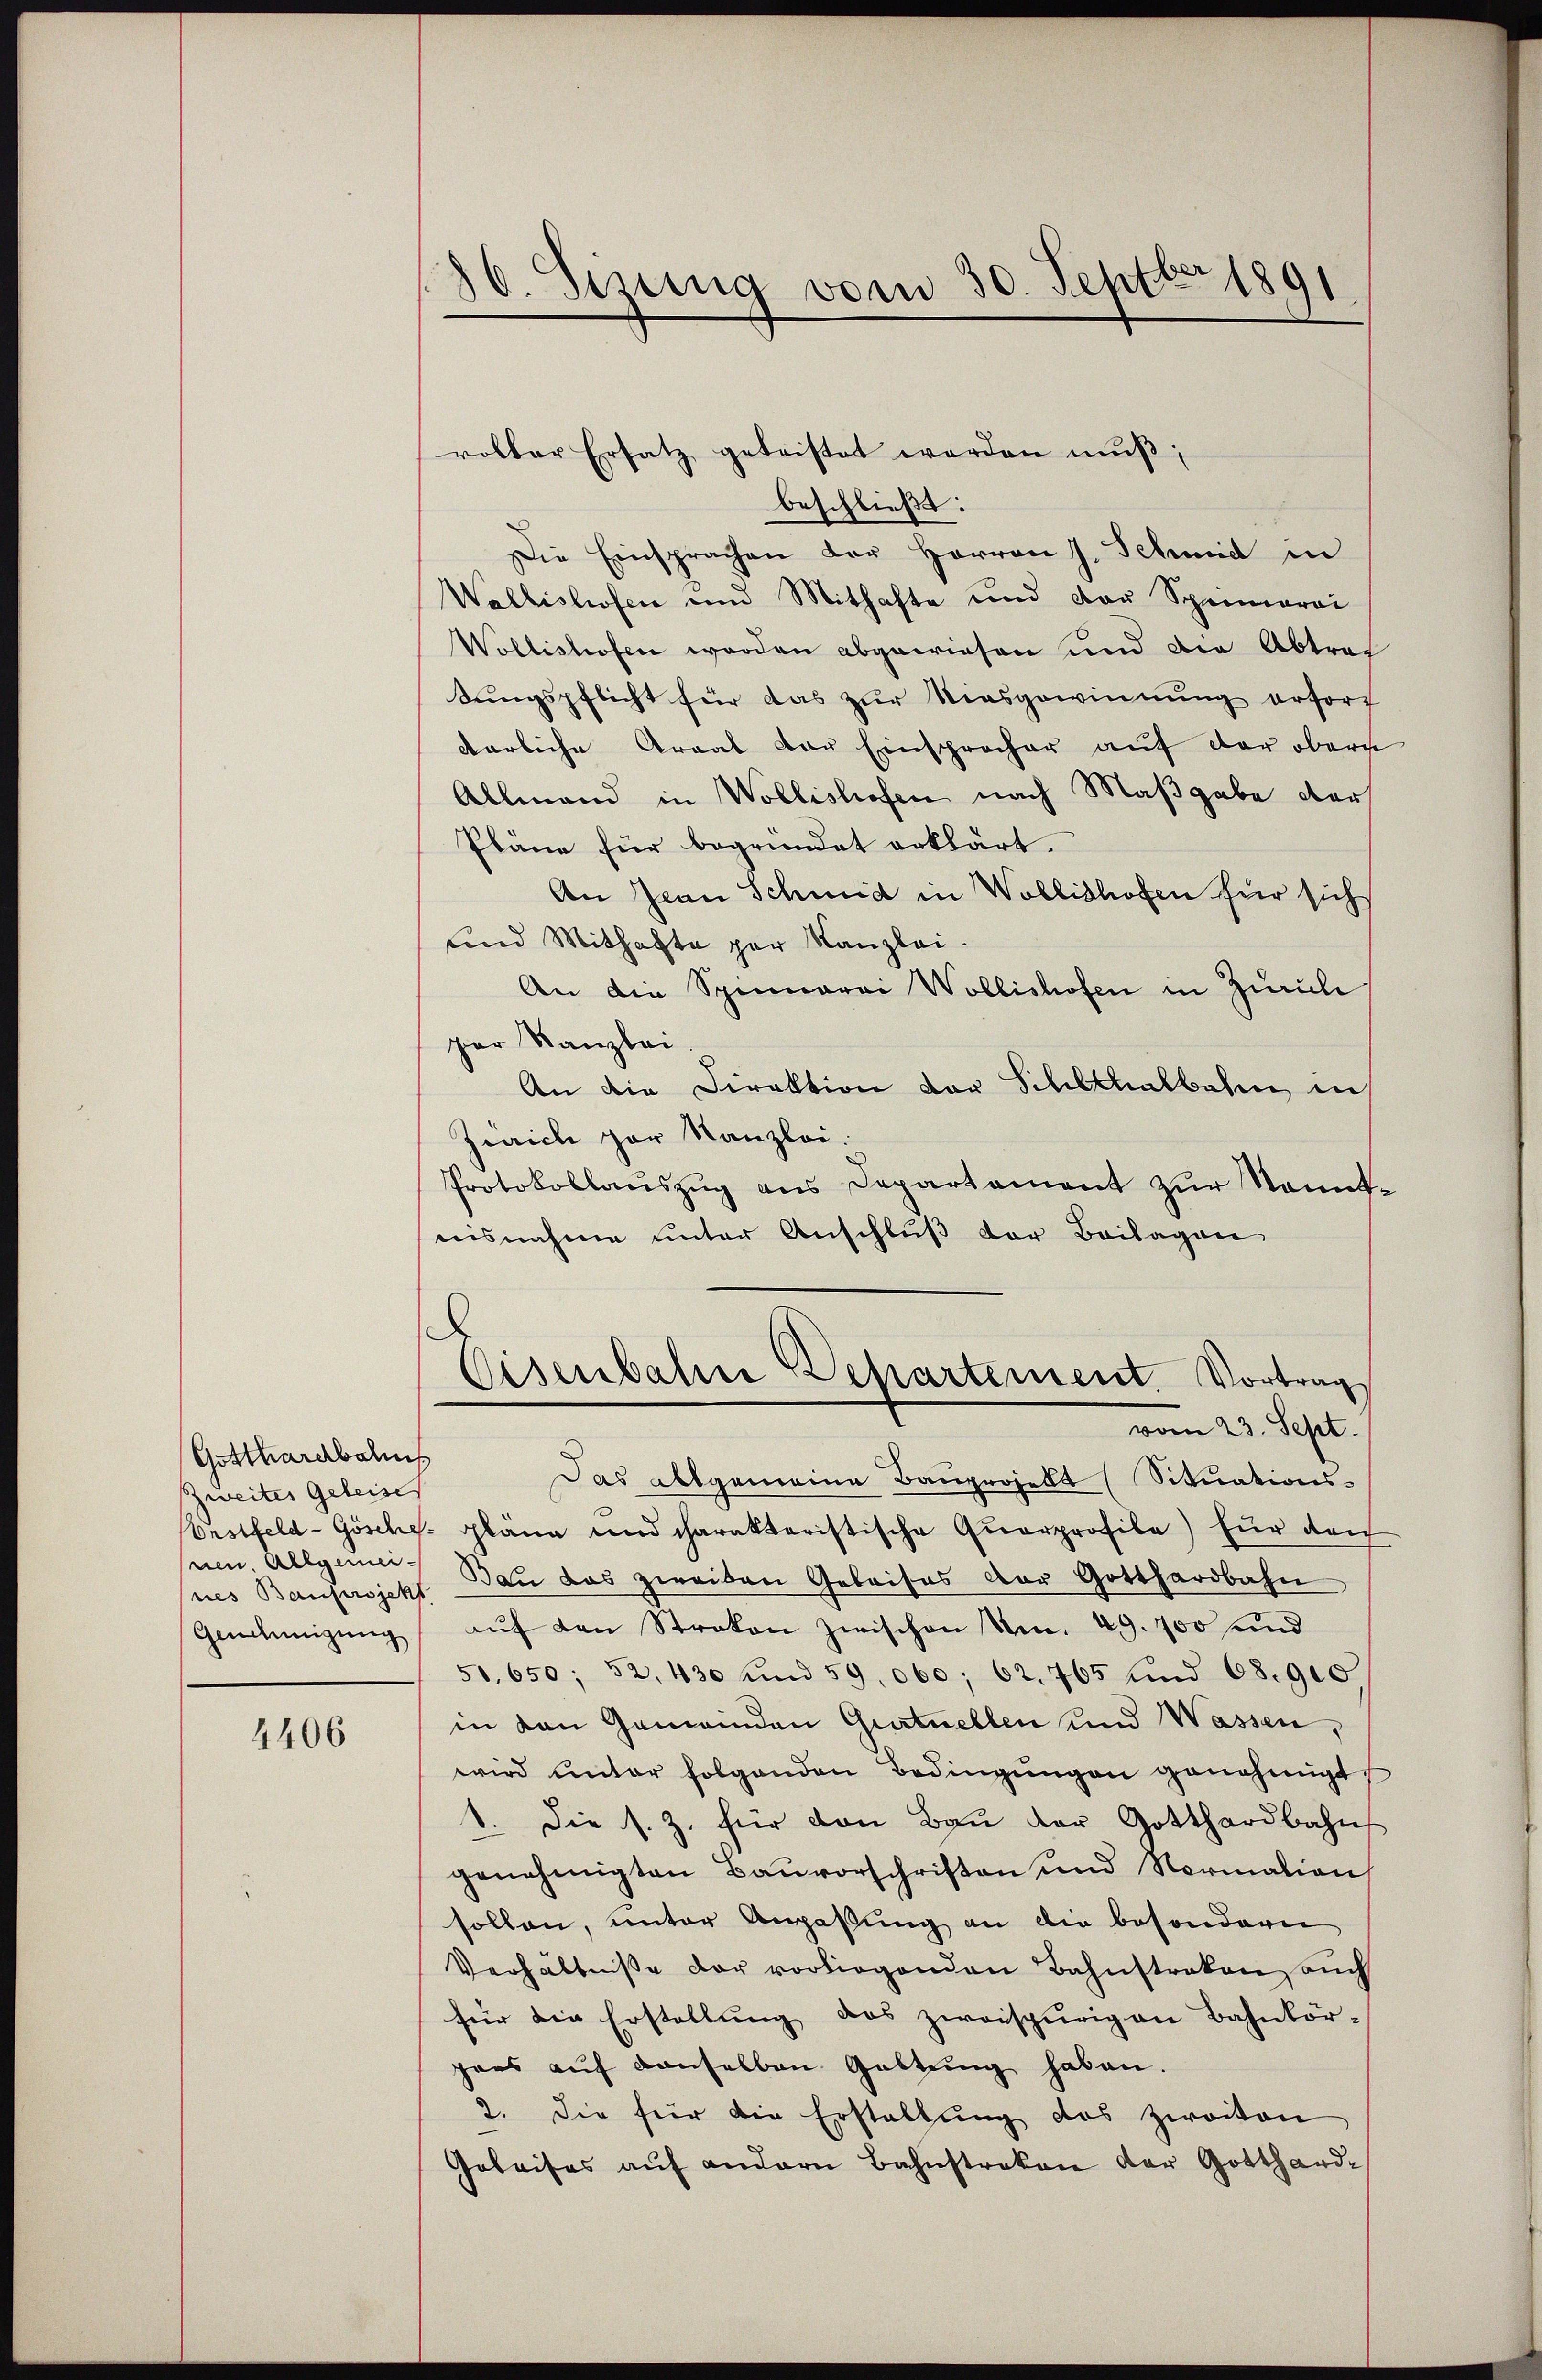
Gotthardbahns
Zweites Geleise
nen. Allgemei¬
Genehmigung

4406

130. Sizung vom 30. Septbr 1891

rolbar Ersatz geleistet werden mŭβ,
beschließt:
Die Einsprachen der Herrn J. Schmid in
Wallishofen und Mithafte und der Sprimarai
Wollishofen worden abgewiesen und die Abtrag
dungspflicht für das zur Niesgewinnung erfort
darliche Arrat der Einspracher auf der ober
Allmand in Wollishofen nach Maßgabe der
Pläne für begründet erklärt.
An Jean Schmid in Wollishofen für sich
und Mithafte par Kanzlei.
An die Spinnerei Wollishofen in Zürich
par Kanzlei
An die Direktion vor Schlthalbahn in
Zürich zur Kanzlei.
Protokollauszug aus Departement zur Sonntnisnahme unter Anschluß der Beilagen
l
Eisenbahn Behartement. Vortrag
vom 23. Sept.
Das allgemeine Bauprojekt (Situations-
Erstfeld- Gösche gläne und charakteristische Quarprofila) für den
nes Bauprojekt Bau das zweiten Gebaises der Gotthardbahn
auf den Strakon zwischen Nr. 49. 100 und
51,650; 52, 430 und 59, 060; 62. 765 und 68900
in von Gemeinden Gurtnellen und Wassen,
wird ŭnter folgenden Bedingŭngen genehmigt
1. Die s. Z. für den Baŭ der Gotthardbahn
genehmigten Baŭvorschriften und Normation
sollen, unter Anpassung an die besondern
Verhältniße der vorliegenden Bahnstraken auch
für die Erstellŭng das zweispurigen Bahnkör-
pans auf denselben Gattung haben.
2. Die für die Erstellung des zweiten
Geleises aŭf andern Bahnstreken der Gotthard-